Report of the Municipal Commissioner on the plague in Bombay for the year ending 31st May... - Volume 3
Disease focus: Plague
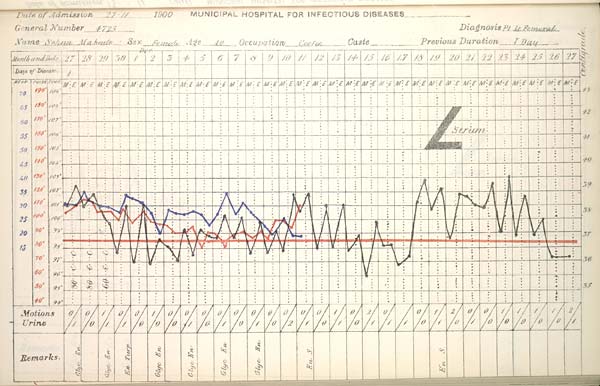
Date
of
Admission
1900
MUNICIPAL
HOSPITAL
FOR
INFECTIOUS
DISEASES.
General
Number
Diagnosis
Name Sex Age Occupation Caste Previous Duration